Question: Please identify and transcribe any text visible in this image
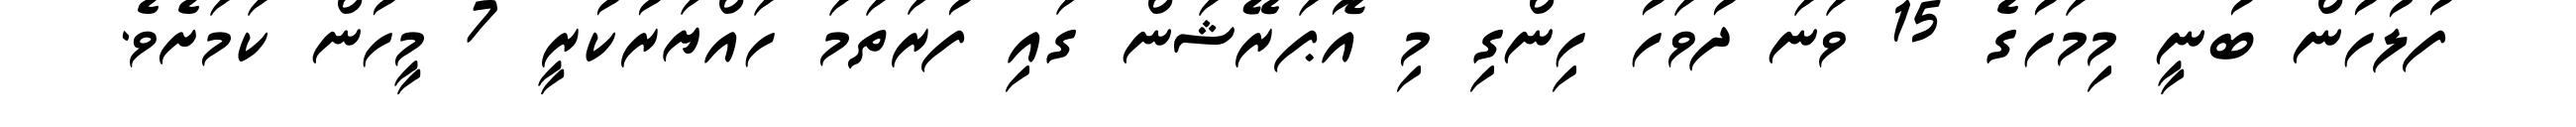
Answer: ފުލުހުން ބުނީ މިމަހުގެ 15 ވަނަ ދުވަހު ހިންގި މި އޮޕަރޭޝަން ގައި ފުރަތަމަ ހައްޔަރުކުރީ 7 މީހުން ކަމަށެވެ.